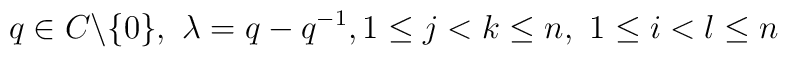
q \in C \backslash \{0\},\  \lambda = q-q^{-1} ,\\ 1 \leq j < k \leq n,\  1 \leq i < l \leq n